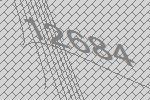
12684